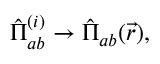
\hat { \Pi } _ { a b } ^ { ( i ) } \to \hat { \Pi } _ { a b } ( \vec { r } ) ,